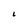
Character: 6